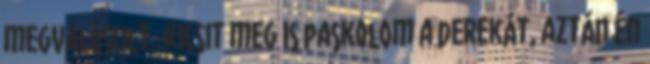
megvalósult, kicsit meg is paskolom a derekát, aztán én